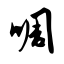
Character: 啁